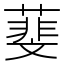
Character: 𦻔